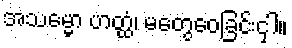
အသမ္မော ဟတ္ထံ၊ မတွေဝေခြင်းငှါ။